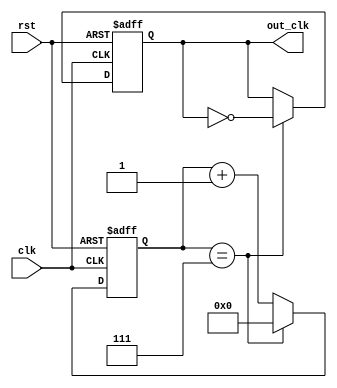
module johnson_counter_clock_divider (
    input clk,
    input rst,
    output reg out_clk
);

reg [3:0] counter;

always @(posedge clk or posedge rst) begin
    if (rst) begin
        counter <= 4'b0000;
        out_clk <= 1'b0;
    end
    else begin
        counter <= counter + 1;
        if (counter == 4'd7) begin
            out_clk <= ~out_clk;
            counter <= 4'b0000;
        end
    end
end

endmodule